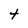
Character: 4